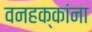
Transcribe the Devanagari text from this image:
वनहक्कांना